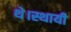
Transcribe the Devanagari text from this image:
थे।स्थायी